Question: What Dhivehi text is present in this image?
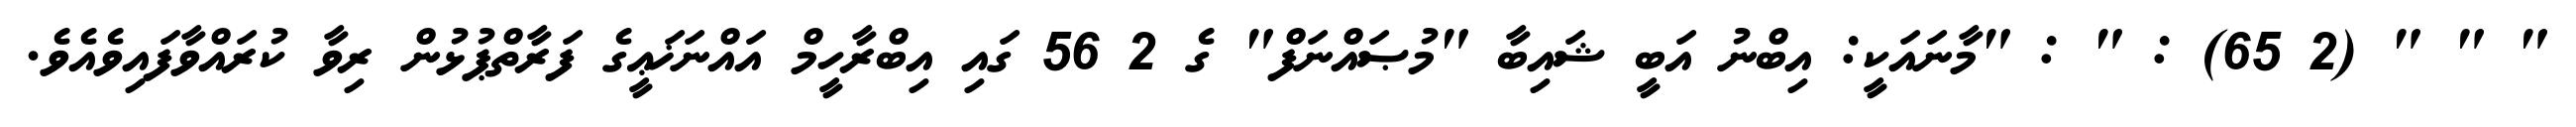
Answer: " " " (2 65) : " : "މާނައަކީ: އިބްނު އަބީ ޝައިބާ "މުޞައްނަފް" ގެ 2 56 ގައި އިބްރާހީމް އައްނަޚަޢީގެ ފަރާތްޕުޅުން ރިވާ ކުރައްވާފައިވެއެވެ.